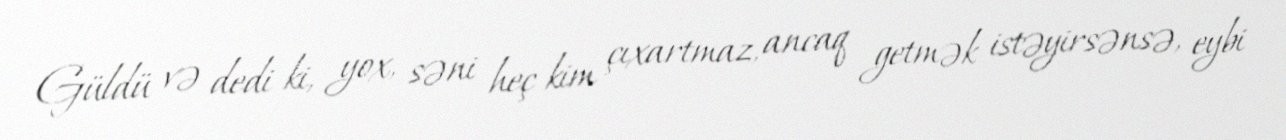
Güldü və dedi ki, yox, səni heç kim çıxartmaz, ancaq getmək istəyirsənsə, eybi